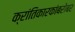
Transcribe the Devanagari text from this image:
क्रांतिकारकांबरोबर